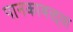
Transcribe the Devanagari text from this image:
पानकावळ्या